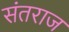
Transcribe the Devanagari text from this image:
संतराज